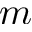
m